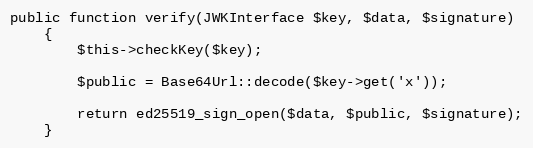
Language: PHP
public function verify(JWKInterface $key, $data, $signature)
    {
        $this->checkKey($key);

        $public = Base64Url::decode($key->get('x'));

        return ed25519_sign_open($data, $public, $signature);
    }